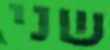
שני